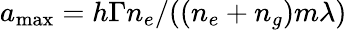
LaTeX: a_{\mathrm{{max}}}=h\Gamma n_{e}/((n_{e}+n_{g})m\lambda)